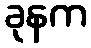
ခုနက